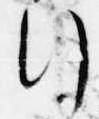
行